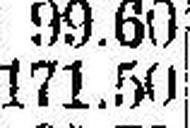
171.50